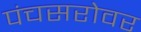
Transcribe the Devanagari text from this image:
पंचसरोवर